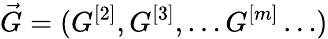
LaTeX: \vec{G}=(G^{[2]},G^{[3]},\ldots G^{[m]}\ldots)